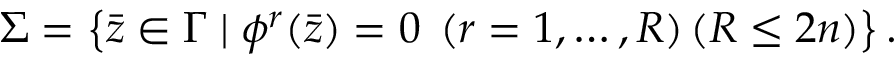
\Sigma = \left\{ \bar { z } \in \Gamma \mid \phi ^ { r } ( \bar { z } ) = 0 \; \left( r = 1 , \ldots , R \right) \left( R \leq 2 n \right) \right\} .